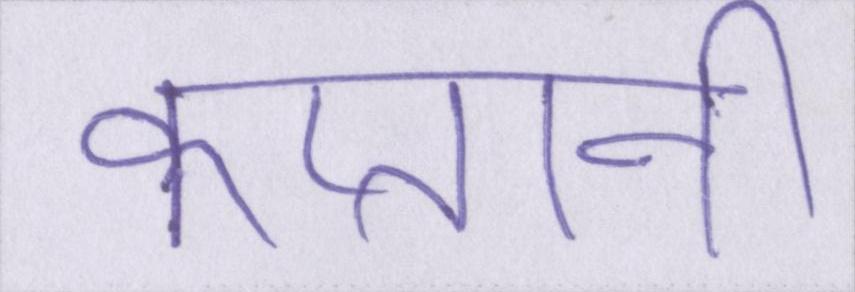
कप्तानी